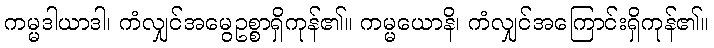
ကမ္မဒါယာဒါ၊ ကံလျှင်အမွေဥစ္စာရှိကုန်၏။ ကမ္မယောနိ၊ ကံလျှင်အကြောင်းရှိကုန်၏။